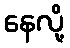
နေလို့